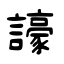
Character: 譹